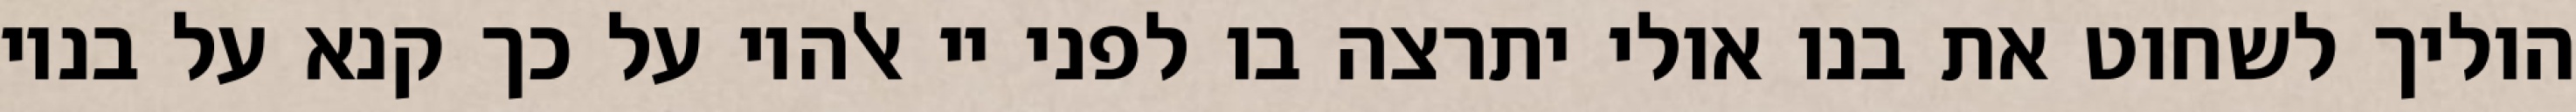
הוליך לשחוט את בנו אולי יתרצה בו לפני יי אלהיו על כך קנא על בניו